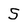
Character: 5